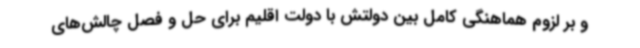
و بر لزوم هماهنگی کامل بین دولتش با دولت اقلیم برای حل و فصل چالش‌های